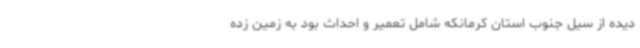
دیده از سیل جنوب استان کرمانکه شامل تعمیر و احداث بود به زمین زده